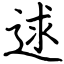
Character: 逑